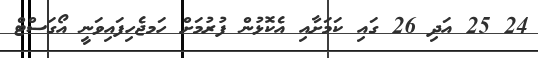
24 25 އަދި 26 ގައި ކަަމަށާއި އެކޮޅުން ފުރުމަށް ހަަމޖެހިފައިވަނީ އޯގަސްޓް